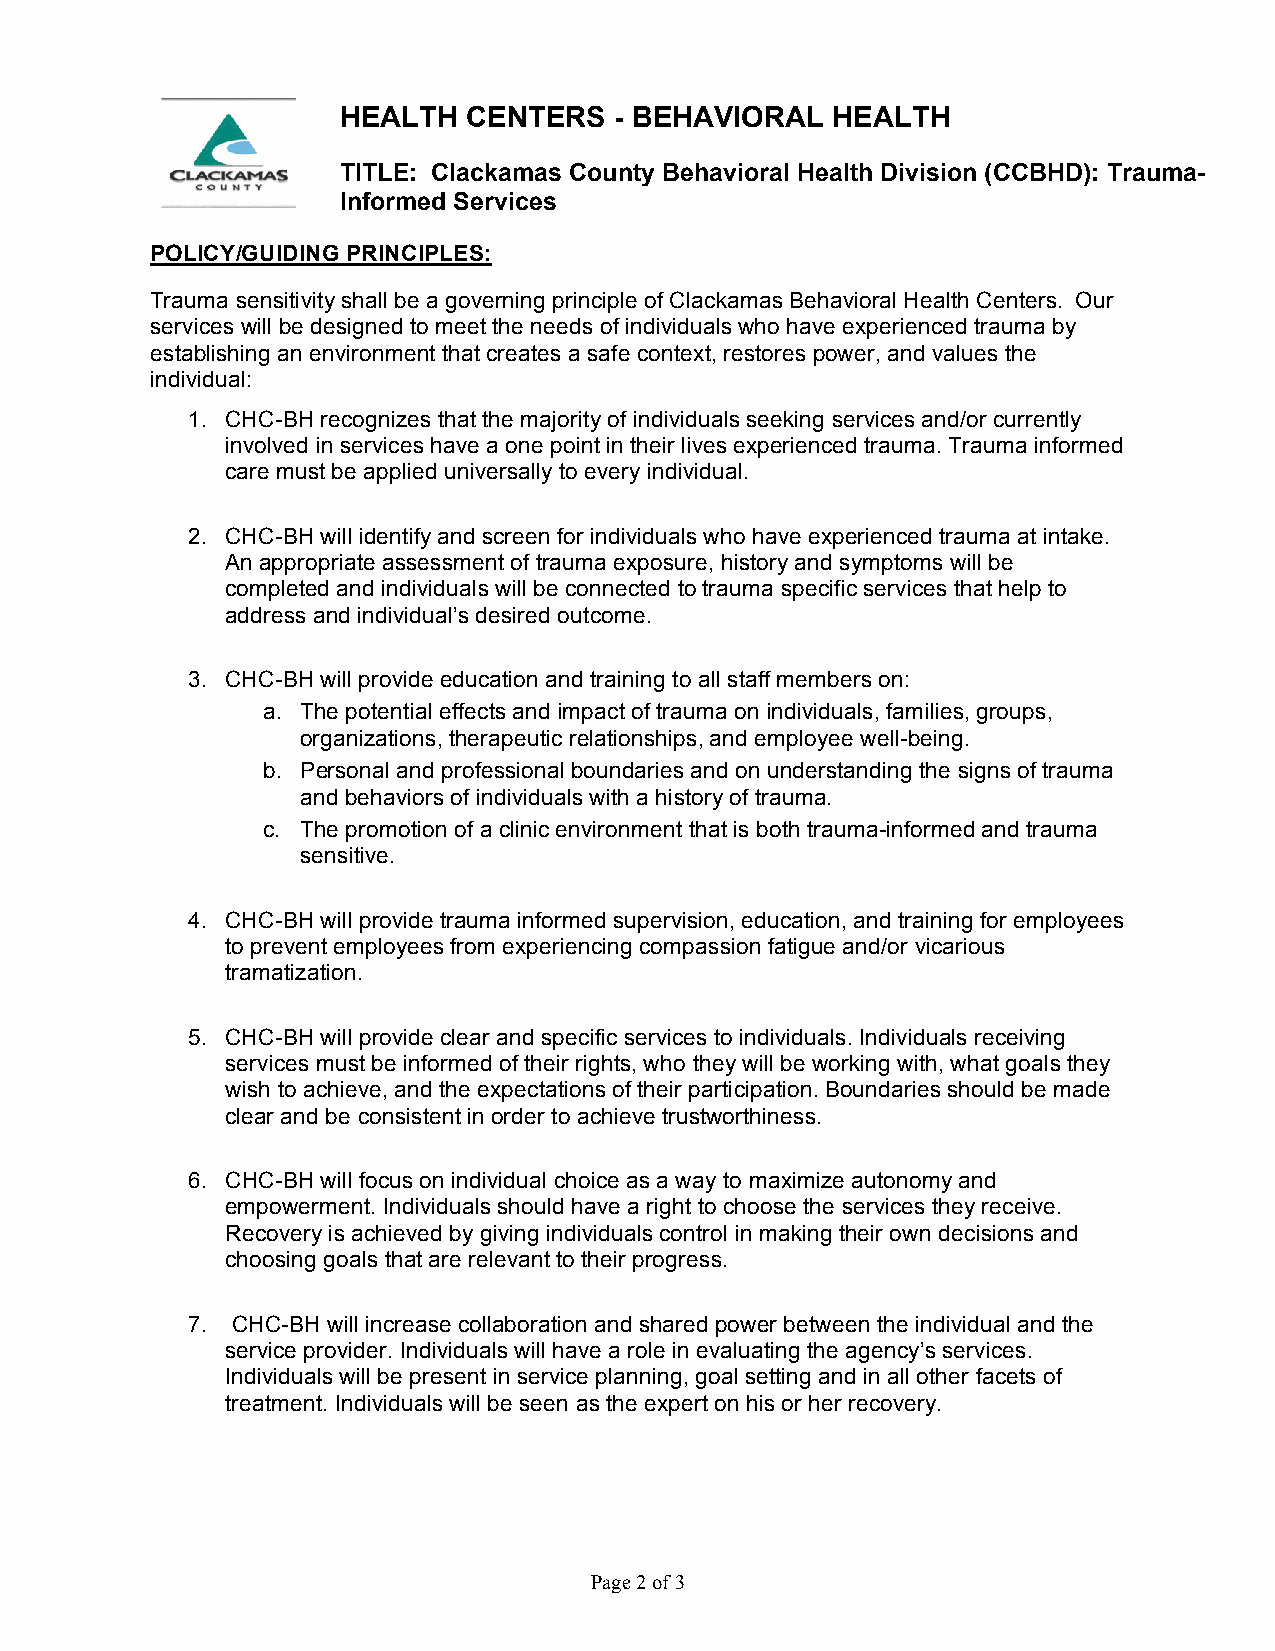
HEALTH   CENTERS   - BEHAVIORAL  HEALTH
 TITLE: Clackamas County Behavioral Health Division (CCBHD): Trauma-
 Informed Services
 POLICY/GUIDING PRINCIPLES:
 Trauma sensitivity shall be a governing principle of Clackamas Behavioral Health Centers. Our
 services will be designed to meet the needs of individuals who have experienced trauma by
 establishing an environment that creates a safe context, restores power, and values the
 individual:
 1. CHC-BH recognizes that the majority of individuals seeking services and/or currently
 involved in services have a one point in their lives experienced trauma. Trauma informed
 care must be applied universally to every individual.
 2. CHC-BH will identify and screen for individuals who have experienced trauma at intake.
 An appropriate assessment of trauma exposure, history and symptoms will be
 completed and individuals will be connected to trauma specific services that help to
 address and individual’s desired outcome.
 3. CHC-BH will provide education and training to all staff members on:
 a. The potential effects and impact of trauma on individuals, families, groups,
 organizations, therapeutic relationships, and employee well-being.
 b. Personal and professional boundaries and on understanding the signs of trauma
 and behaviors of individuals with a history of trauma.
 c. The promotion of a clinic environment that is both trauma-informed and trauma
 sensitive.
 4. CHC-BH will provide trauma informed supervision, education, and training for employees
 to prevent employees from experiencing compassion fatigue and/or vicarious
 tramatization.
 5. CHC-BH will provide clear and specific services to individuals. Individuals receiving
 services must be informed of their rights, who they will be working with, what goals they
 wish to achieve, and the expectations of their participation. Boundaries should be made
 clear and be consistent in order to achieve trustworthiness.
 6. CHC-BH will focus on individual choice as a way to maximize autonomy and
 empowerment. Individuals should have a right to choose the services they receive.
 Recovery is achieved by giving individuals control in making their own decisions and
 choosing goals that are relevant to their progress.
 7. CHC-BH will increase collaboration and shared power between the individual and the
 service provider. Individuals will have a role in evaluating the agency’s services.
 Individuals will be present in service planning, goal setting and in all other facets of
 treatment. Individuals will be seen as the expert on his or her recovery.
 Page 2 of 3